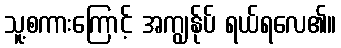
သူ့စကားကြောင့် အကျွန်ုပ် ရယ်ရလေ၏။